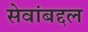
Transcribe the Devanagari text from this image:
सेवांबद्दल